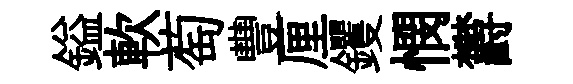
鎰軟萄豐厘钁憫欝